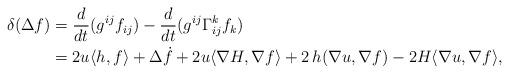
LaTeX: \begin{align*} \delta(\Delta{f}) &= \frac{d}{dt}(g^{ij}f_{ij}) - \frac{d}{dt}(g^{ij}\Gamma_{ij}^k f_k) \\&= 2u \langle h, f \rangle + \Delta\dot f + 2u \langle \nabla H, \nabla f \rangle + 2 \, h (\nabla{u},\nabla{f}) - 2H \langle \nabla u, \nabla f \rangle,\end{align*}